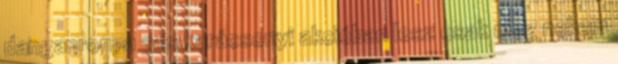
danganronpa 3 is karácsonyi akcióban lesz csak meg nekem